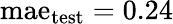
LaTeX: \mathrm{mae}_{\mathrm{test}}=0.24